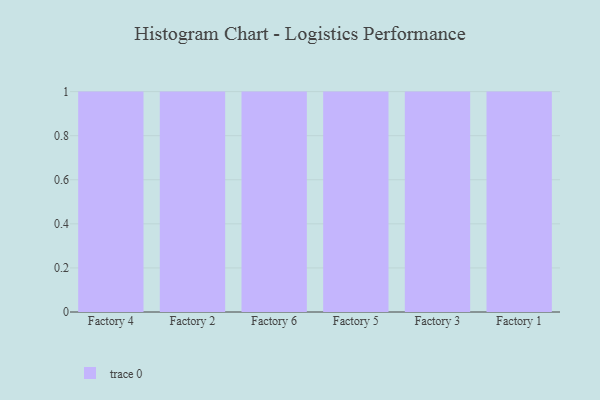
{"axis": {"x": "Factory", "y": "Revenue (USD Million)"}, "legend": [""], "data": [{"x": "Factory 4", "y": 91, "type": ""}, {"x": "Factory 2", "y": 42, "type": ""}, {"x": "Factory 6", "y": 72, "type": ""}, {"x": "Factory 5", "y": 36, "type": ""}, {"x": "Factory 3", "y": 29, "type": ""}, {"x": "Factory 1", "y": 68, "type": ""}]}